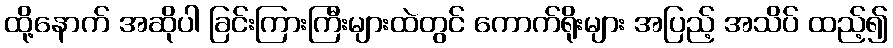
ထို့နောက် အဆိုပါ ခြင်းကြားကြီးများထဲတွင် ကောက်ရိုးများ အပြည့် အသိပ် ထည့်၍